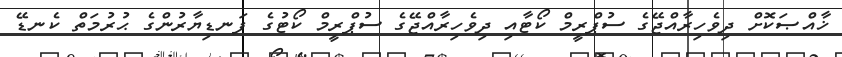
ޚާއްޞަކޮށް ދިވެހިރާއްޖޭގެ ސުޕްރީމް ކޯޓާއި ދިވެހިރާއްޖޭގެ ސުޕްރީމް ކޯޓުގެ ފަނޑިޔާރުންގެ ޙުރުމަތް ކެނޑޭ